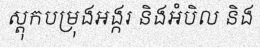
ស្តុកបម្រុងអង្ករ និងអំបិល និង